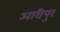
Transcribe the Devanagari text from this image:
आरीपुर